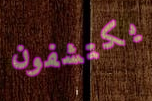
يكتشفون